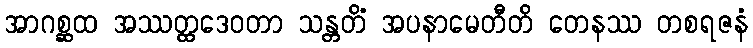
အာဂစ္ဆထ အဿတ္ထဒေဝတာ သန္တတိံ အပနာမေတီတိ တေနဿ တစရဇနံ